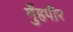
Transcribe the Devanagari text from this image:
मुँहपीर